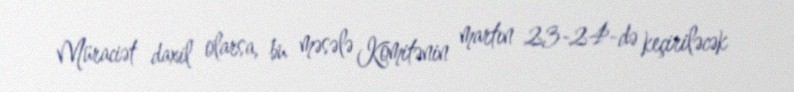
Müraciət daxil olarsa, bu məsələ Komitənin martın 23-24-də keçiriləcək